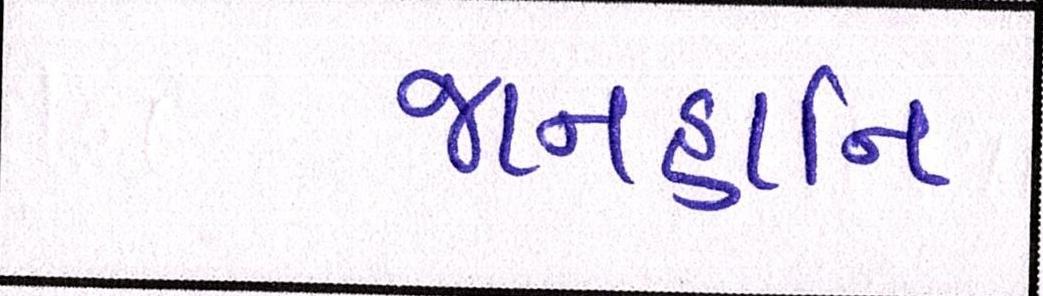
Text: જાનહાનિ